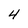
Character: 4